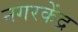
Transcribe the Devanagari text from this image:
नगरकेंद्र